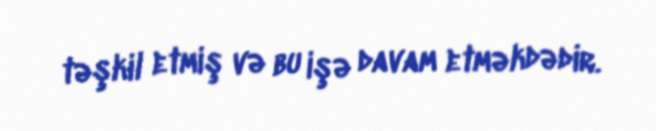
təşkil etmiş və bu işə davam etməkdədir.